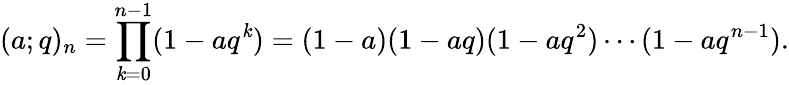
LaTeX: \displaystyle(a;q)_{n}=\prod_{\mathit{k}=0}^{n-1}(1-aq^{\mathit{k}})=(1-a)(1-aq)(1-aq^{2})\cdots(1-aq^{n-1}).